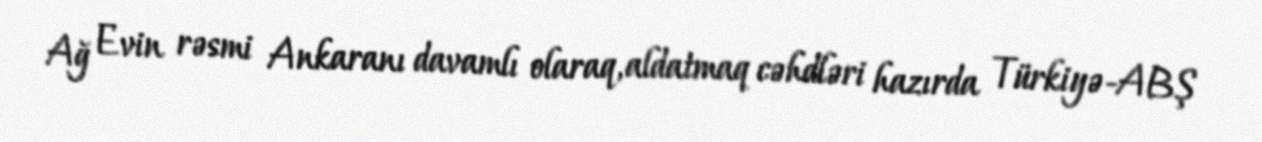
Ağ Evin rəsmi Ankaranı davamlı olaraq, aldatmaq cəhdləri hazırda Türkiyə-ABŞ